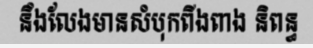
នឹងលែងមានសំបុកពីងពាង និពន្ធ